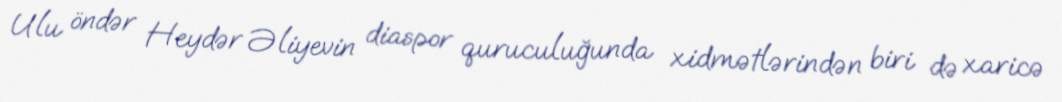
Ulu öndər Heydər Əliyevin diaspor quruculuğunda xidmətlərindən biri də xaricə